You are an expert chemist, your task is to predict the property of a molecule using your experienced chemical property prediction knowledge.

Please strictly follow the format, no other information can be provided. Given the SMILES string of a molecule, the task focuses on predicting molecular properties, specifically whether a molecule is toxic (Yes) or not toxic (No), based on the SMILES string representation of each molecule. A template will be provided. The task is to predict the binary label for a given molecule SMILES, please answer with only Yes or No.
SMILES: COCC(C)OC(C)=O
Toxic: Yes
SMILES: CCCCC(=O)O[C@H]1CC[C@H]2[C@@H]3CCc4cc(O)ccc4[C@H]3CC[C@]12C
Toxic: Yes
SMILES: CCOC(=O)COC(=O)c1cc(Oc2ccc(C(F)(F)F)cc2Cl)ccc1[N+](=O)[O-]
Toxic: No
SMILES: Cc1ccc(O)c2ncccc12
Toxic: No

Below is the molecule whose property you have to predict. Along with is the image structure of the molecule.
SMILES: C=CC(=O)OCCOCCOCC
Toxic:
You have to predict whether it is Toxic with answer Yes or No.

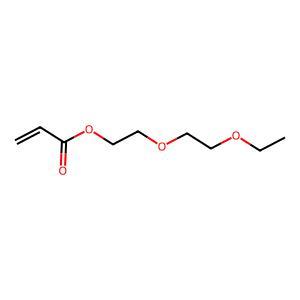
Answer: No